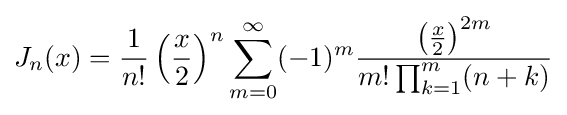
J_{n}(x)={\frac {1}{n!}}\left({\frac {x}{2}}\right)^{n}\sum _{m=0}^{\infty }(-1)^{m}{\frac {\left({\frac {x}{2}}\right)^{2m}}{m!\prod _{k=1}^{m}(n+k)}}